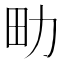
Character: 㽖